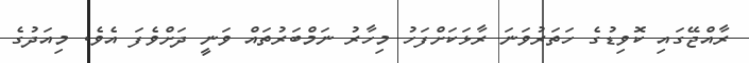
ރާއްޖޭގައި ކޮވިޑުގެ ހަތަރުވަނަ ރާޅަކަށްފަހު މިހާރު ނަމްބަރުތައް ވަނީ ދަށްވެފަ އެވެ. މިއަދުގެ